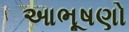
આભૂષણો